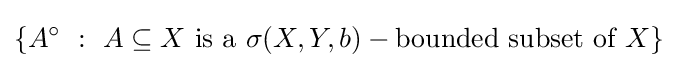
\left\{A^{\circ }~:~A\subseteq X{\text{ is a }}\sigma (X,Y,b)-{\text{bounded}}{\text{ subset of }}X\right\}